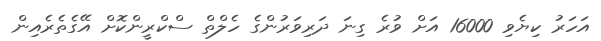
އަހަރު ކިޔެވި 16000 އަށް ވުރެ ގިނަ ދަރިވަރުންގެ ހެލްތް ސްކްރީންކޮށް އޭގެތެރެއިން